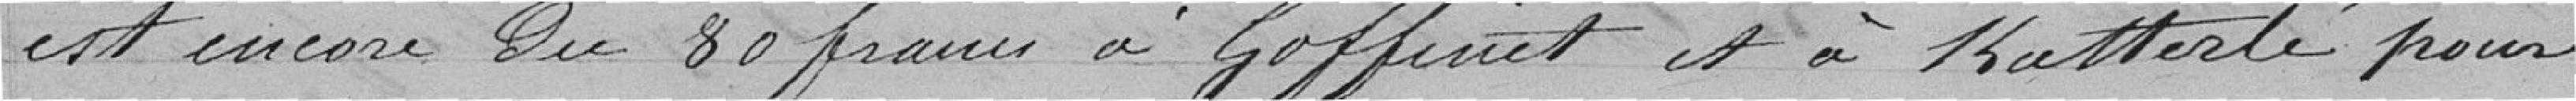
est encore dû 80 francs à Goffinet et à Katterlé pour